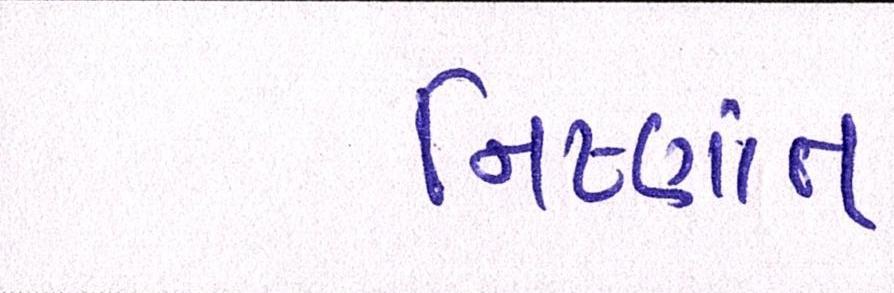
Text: નિષ્ણાંત